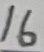
Text: 16